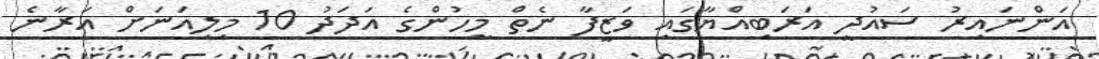
އަންނައިރު ސައުދީ އަރަބިއްޔާގައި ވަޒީފާ ނެތް މީހުންގެ އަދަދު 10 މިލިއަނަށް އަރާނެ